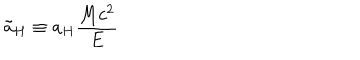
\tilde { a } _ { H } \equiv a _ { H } \frac { M c ^ { 2 } } { E }